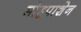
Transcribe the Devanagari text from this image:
मोहपाशेन